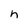
Character: n